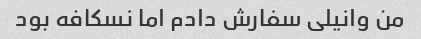
من وانیلی سفارش دادم اما نسکافه بود